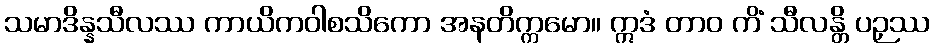
သမာဒိန္နသီလဿ ကာယိကဝါစသိကော အနတိက္ကမော။ ဣဒံ တာဝ ကိံ သီလန္တိ ပဉှဿ